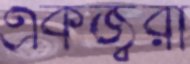
একজ্বরী